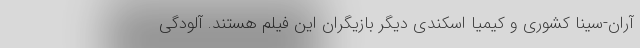
آران-سینا کشوری و کیمیا اسکندی دیگر بازیگران این فیلم هستند. آلودگی